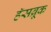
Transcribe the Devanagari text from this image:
हॅसब्रूक